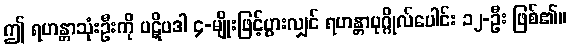
ဤ ရဟန္တာသုံးဦးကို ပဋိပဒါ ၄-မျိုးဖြင့်ပွားလျှင် ရဟန္တာပုဂ္ဂိုလ်ပေါင်း ၁၂-ဦး ဖြစ်၏။